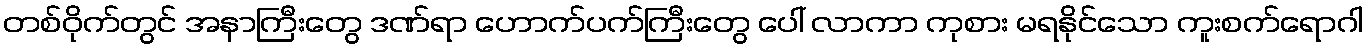
တစ်ဝိုက်တွင် အနာကြီးတွေ ဒဏ်ရာ ဟောက်ပက်ကြီးတွေ ပေါ် လာကာ ကုစား မရနိုင်သော ကူးစက်ရောဂါ